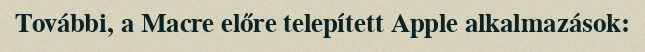
További, a Macre előre telepített Apple alkalmazások: